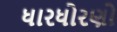
ધારધોરણો